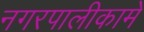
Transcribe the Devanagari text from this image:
नगरपालीकामे